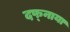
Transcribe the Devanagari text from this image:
दफ्नाया